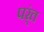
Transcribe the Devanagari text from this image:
पर्ंत